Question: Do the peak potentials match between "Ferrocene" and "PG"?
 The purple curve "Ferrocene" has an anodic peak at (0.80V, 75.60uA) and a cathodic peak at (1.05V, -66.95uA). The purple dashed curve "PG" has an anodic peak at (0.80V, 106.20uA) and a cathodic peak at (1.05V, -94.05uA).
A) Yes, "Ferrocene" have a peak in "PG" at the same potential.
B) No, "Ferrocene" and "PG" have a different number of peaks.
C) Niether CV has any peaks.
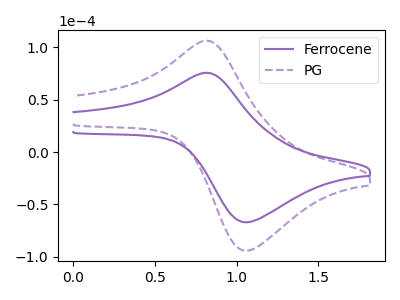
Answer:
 <answer>A) Yes, "Ferrocene" have a peak in "PG" at the same potential.</answer>
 <eval>A</eval>